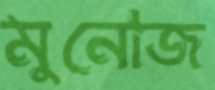
মুনোজ